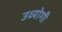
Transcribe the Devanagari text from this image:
उध्योगी